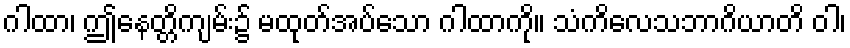
ဂါထာ၊ ဤနေတ္တိကျမ်း၌ မထုတ်အပ်သော ဂါထာကို။ သံကိလေသဘာဂိယာတိ ဝါ၊